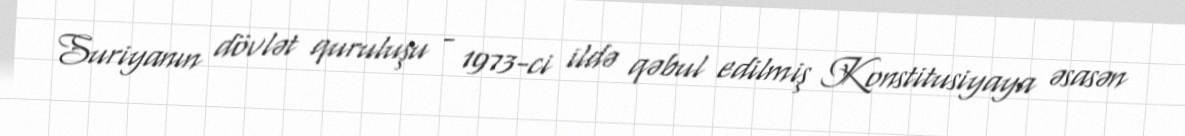
Suriyanın dövlət quruluşu - 1973-ci ildə qəbul edilmiş Konstitusiyaya əsasən